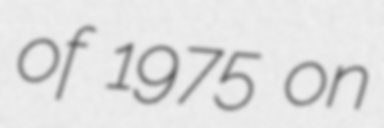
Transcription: of 1975 on